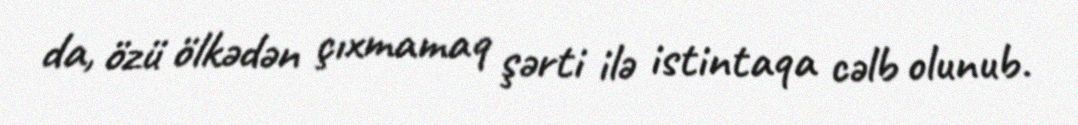
da, özü ölkədən çıxmamaq şərti ilə istintaqa cəlb olunub.